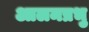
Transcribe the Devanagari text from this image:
आलमप्रभु